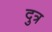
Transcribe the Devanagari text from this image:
दुत्र